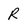
Character: R